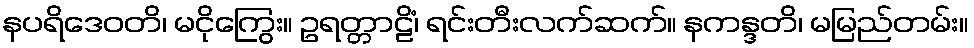
နပရိဒေဝတိ၊ မငိုကြွေး။ ဥရတ္တာဠိံ၊ ရင်းတီးလက်ဆက်။ နကန္ဒတိ၊ မမြည်တမ်း။